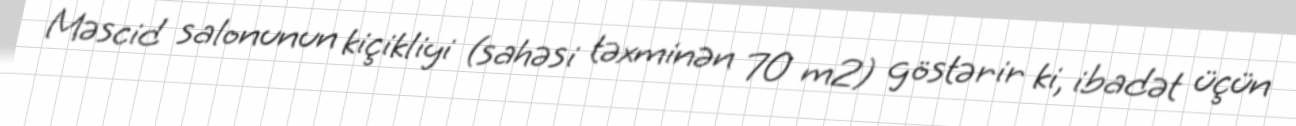
Məscid salonunun kiçikliyi (sahəsi təxminən 70 m2) göstərir ki, ibadət üçün